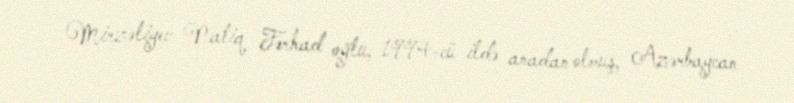
Mirzəliyev Natiq Fərhad oğlu, 1994-cü ildə anadan olmuş, Azərbaycan